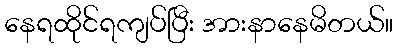
နေရထိုင်ရကျပ်ပြီး အားနာနေမိတယ်။